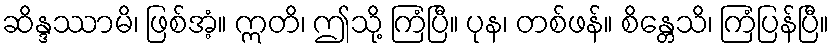
ဆိန္ဒဿာမိ၊ ဖြစ်အံ့။ ဣတိ၊ ဤသို့ ကြံပြီ။ ပုန၊ တစ်ဖန်။ စိန္တေသိ၊ ကြံပြန်ပြီ။